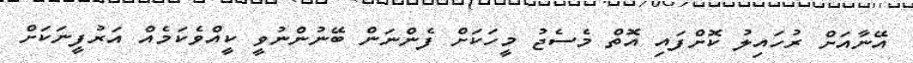
އޭނާއަށް ރުހައިލު ކޮށްފައި އޮތް މެސެޖު މީހަކަށް ފެންނަން ބޭނުންނުވީ ކީއްވެކަމެއް އަރުފީނަކަށް